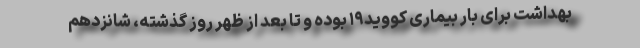
بهداشت برای بار بیماری کووید۱۹ بوده و تا بعد از ظهر روز گذشته، شانزدهم